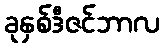
ခုနှစ်ဒီဇင်ဘာလ